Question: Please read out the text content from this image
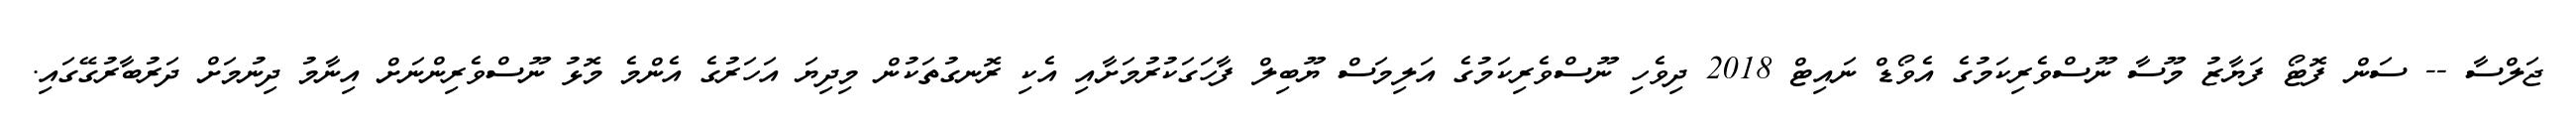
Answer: ޖަލްސާ -- ސަން ފޮޓޯ ފަޔާޒު މޫސާ ނޫސްވެރިކަމުގެ އެވޯޑް ނައިޓް 2018 ދިވެހި ނޫސްވެރިކަމުގެ އަލިމަސް ޔޫބިލް ފާހަގަކުރުމަށާއި އެކި ރޮނގުތަކުން މިދިޔަ އަހަރުގެ އެންމެ މޮޅު ނޫސްވެރިންނަށް އިނާމު ދިނުމަށް ދަރުބާރުގޭގައި.